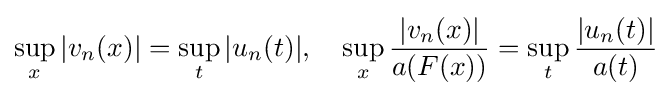
\sup _{x}|v_{n}(x)|=\sup _{t}|u_{n}(t)|,\quad \sup _{x}{\frac {|v_{n}(x)|}{a(F(x))}}=\sup _{t}{\frac {|u_{n}(t)|}{a(t)}}